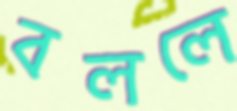
বললে